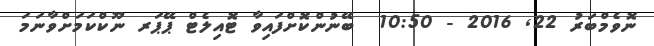
ނޮވެމްބަރު 22